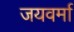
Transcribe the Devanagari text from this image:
जयवर्मा